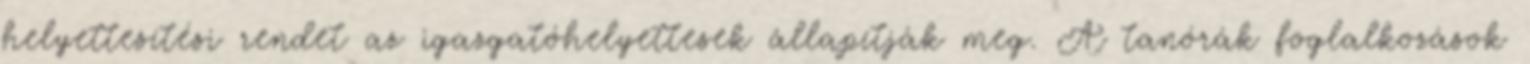
helyettesítési rendet az igazgatóhelyettesek állapítják meg. A tanórák foglalkozások